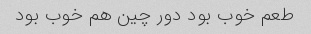
طعم خوب بود دور چین هم خوب بود